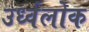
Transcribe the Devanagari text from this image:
उर्ध्वलोक